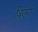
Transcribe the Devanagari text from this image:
विएरी